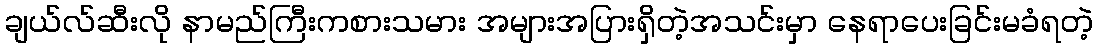
ချယ်လ်ဆီးလို နာမည်ကြီးကစားသမား အများအပြားရှိတဲ့အသင်းမှာ နေရာပေးခြင်းမခံရတဲ့